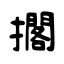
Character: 擱